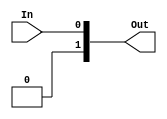
`timescale 1ns / 1ps
//////////////////////////////////////////////////////////////////////////////////
// Company: 
// Engineer: 
// 
// Design Name: 
// Module Name:    SignExtend_1to2 
// Project Name: 
// Target Devices: 
// Tool versions: 
// Description: 
//
// Dependencies: 
//
// Revision: 
// Revision 0.01 - File Created
// Additional Comments: 
//
//////////////////////////////////////////////////////////////////////////////////
module SignExtend_1to2(
	input In,
	output [1:0] Out
    );

	assign Out[1] = 1'b0;
	assign Out[0] = In;

endmodule